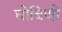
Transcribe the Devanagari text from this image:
घोबिणी